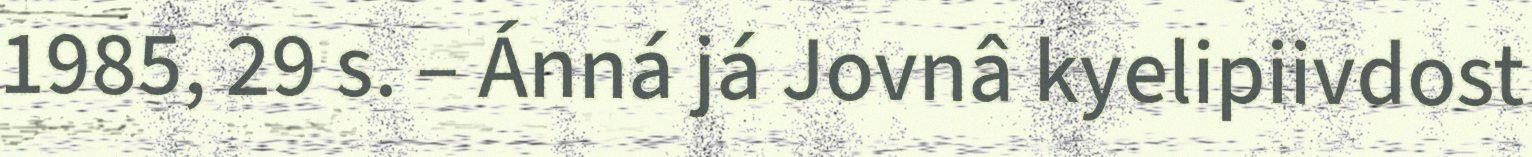
1985, 29 s. – Ánná já Jovnâ kyelipiivdost